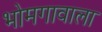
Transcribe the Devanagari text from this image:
भोमगावाला